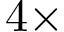
4 \times